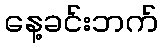
နေ့ခင်းဘက်